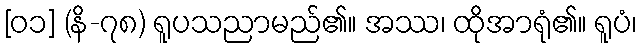
[၀၁] (နိ-၇၈) ရူပသညာမည်၏။ အဿ၊ ထိုအာရုံ၏။ ရူပံ၊